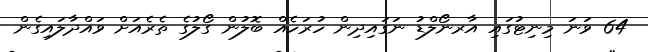
64 ވަނަ މިނިޓުގައި އާރނޯލްޑު ނަގައިދިން ހުރަހެއް ބޮލުން ގޯލުގެ ތެރެއަށް ވައްދާލައިގެން